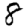
Digit: 8